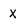
Character: X